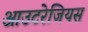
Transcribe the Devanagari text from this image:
आउटरेजियस